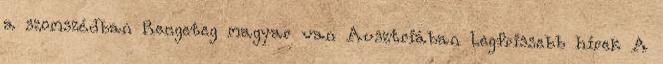
a szomszédban Rengeteg magyar van Ausztriában Legfrissebb hírek A